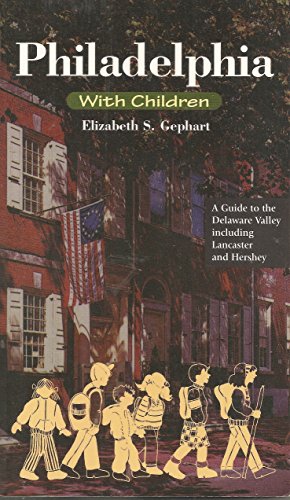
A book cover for Philadelphia With Children: A Guide to the Delaware Valley Including Lancaster and Hershey; Elizabeth S. Gephart; Travel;